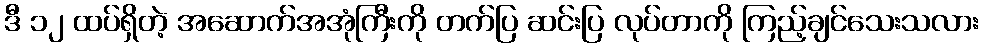
ဒီ ၁၂ ထပ်ရှိတဲ့ အဆောက်အအုံကြီးကို တက်ပြ ဆင်းပြ လုပ်တာကို ကြည့်ချင်သေးသလား